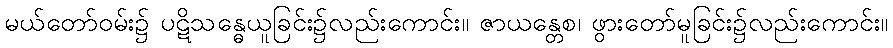
မယ်တော်ဝမ်း၌ ပဋိသန္ဓေယူခြင်း၌လည်းကောင်း။ ဇာယန္တေစ၊ ဖွားတော်မူခြင်း၌လည်းကောင်း။